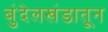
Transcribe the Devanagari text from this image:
बुंदेलखंडातून